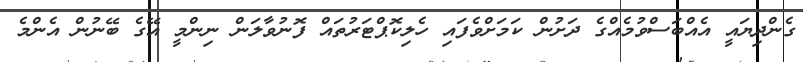
ގެންދިޔައީ އެއްބަސްވުމެއްގެ ދަށުން ކަމަށްވެފައި ހެލިކޮޕްޓަރުތައް ފޮނުވާލަން ނިންމީ އޭގެ ބޭނުން އެންމެ